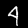
Digit: 4